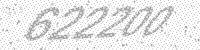
Solution: 622200